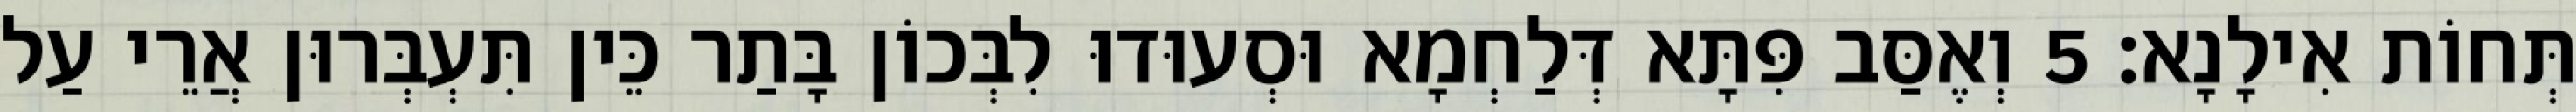
תְּחוֹת אִילָנָא׃ 5 וְאֶסַּב פִּתָּא דְּלַחְמָא וּסְעוּדוּ לִבְּכוֹן בָּתַר כֵּין תִּעְבְּרוּן אֲרֵי עַל